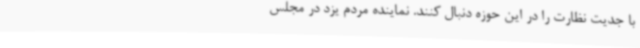
با جدیت نظارت را در این حوزه دنبال کنند. نماینده مردم یزد در مجلس